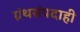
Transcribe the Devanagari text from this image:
ग्रंथसंपदाही